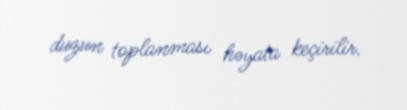
duzun toplanması həyata keçirilir.